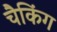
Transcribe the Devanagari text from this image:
चैकिंग